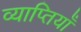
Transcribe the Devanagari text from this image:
व्याप्तियाँ